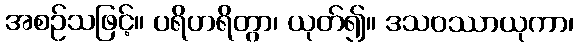
အစဉ်သဖြင့်။ ပရိဟရိတွာ၊ ယုတ်၍။ ဒသဝဿာယုကာ၊